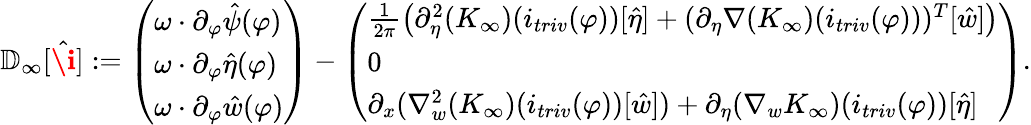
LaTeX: \begin{array}{r}{\mathbb{D}_{\infty}[\hat{\textbf{\i}}]:=\left(\begin{array}{l}{\omega\cdot\partial_{\varphi}\hat{\psi}(\varphi)}\\ {\omega\cdot\partial_{\varphi}\hat{\eta}(\varphi)}\\ {\omega\cdot\partial_{\varphi}\hat{w}(\varphi)}\end{array}\right)-\left(\begin{array}{l}{\frac{1}{2\pi}\left(\partial_{\eta}^{2}(K_{\infty})(i_{triv}(\varphi))[\hat{\eta}]+(\partial_{\eta}\nabla(K_{\infty})(i_{triv}(\varphi)))^{T}[\hat{w}]\right)}\\ {0}\\ {\partial_{x}(\nabla_{w}^{2}(K_{\infty})(i_{triv}(\varphi))[\hat{w}])+\partial_{\eta}(\nabla_{w}K_{\infty})(i_{triv}(\varphi))[\hat{\eta}]}\end{array}\right).}\end{array}